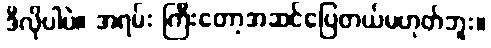
ဒီလိုပါပဲ။ အရမ်း ကြီးတော့အဆင်ပြေတယ်မဟုတ်ဘူး။